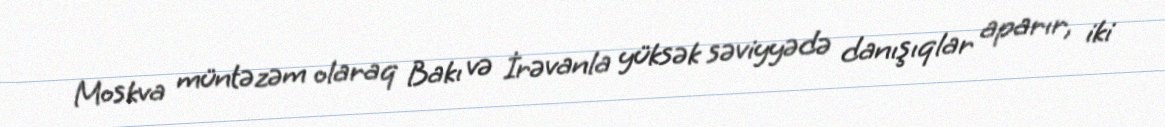
Moskva müntəzəm olaraq Bakı və İrəvanla yüksək səviyyədə danışıqlar aparır, iki